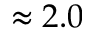
\approx 2 . 0